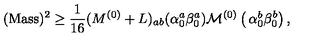
( \mathrm { M a s s } ) ^ { 2 } \geq { \frac { 1 } { 1 6 } } ( M ^ { ( 0 ) } + L ) _ { a b } ( \alpha _ { 0 } ^ { a } \beta _ { 0 } ^ { a } ) { \cal M } ^ { ( 0 ) } \left( \begin{matrix} { \alpha _ { 0 } ^ { b } } \\ { \beta _ { 0 } ^ { b } } \\ \end{matrix} \right) ,